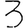
Digit: 3